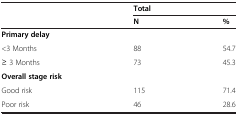
<table><thead><tr><td><b> </b></td><td><b>Total</b></td><td><b> </b></td></tr><tr><td><b> </b></td><td><b>N</b></td><td><b>%</b></td></tr></thead><tbody><tr><td><b>Primary delay</b></td><td> </td><td> </td></tr><tr><td>&lt;3 Months</td><td>88</td><td>54.7</td></tr><tr><td>≥ 3 Months</td><td>73</td><td>45.3</td></tr><tr><td><b>Overall stage risk</b></td><td> </td><td> </td></tr><tr><td>Good risk</td><td>115</td><td>71.4</td></tr><tr><td>Poor risk</td><td>46</td><td>28.6</td></tr></tbody></table>